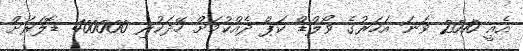
އެއީ 2010 ވަނަ އަހަރުގެ ވޯލްޑް ކަޕް ދެއްކުމަށް ހޭދަކުރި 400000 ޑޮލަރަށް